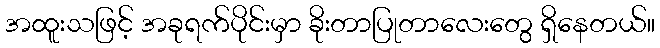
အထူးသဖြင့် အခုရက်ပိုင်းမှာ ခိုးတာပြုတာလေးတွေ ရှိနေတယ်။